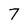
Character: 7